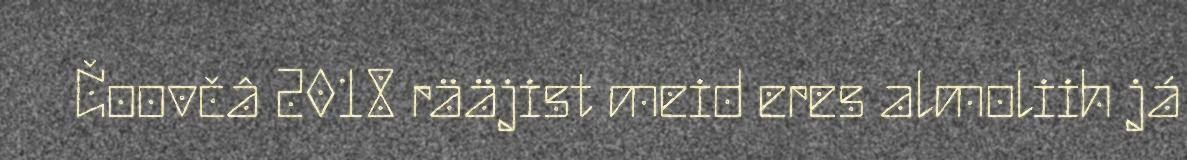
Čoovčâ 2018 rääjist meid eres almoliih já